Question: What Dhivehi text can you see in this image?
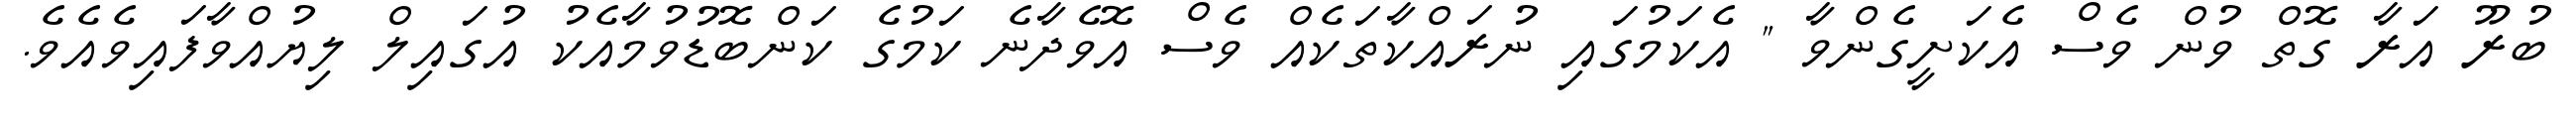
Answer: ބުރޫ އަރާ ގޮތް ވުން ވެސް އެކަށީގެންވާ " އެކަމުގައި ނުރައްކާތަކެއް ވެސް އޮވެދާނެ ކަމުގެ ކަންބޮޑުވުމާއެކު އުގައިލް ލިޔުއްވާފައިވެއެވެ.